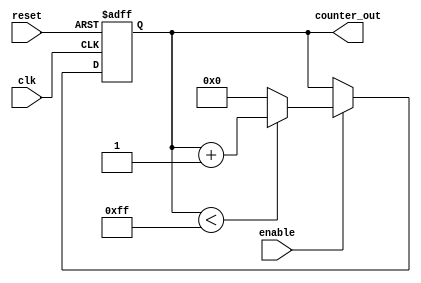
module up_counter #(
    parameter WIDTH = 8,          // Width of the counter (number of bits)
    parameter INITIAL_VALUE = 0,  // Initial value of the counter
    parameter MAX_VALUE = 255      // Maximum value of the counter
)(
    input wire clk,               // Clock input
    input wire reset,             // Asynchronous reset input
    input wire enable,            // Enable input
    output reg [WIDTH-1:0] counter_out // Current count output
);

    // Always block for synchronous logic
    always @(posedge clk or posedge reset) begin
        if (reset) begin
            // Reset the counter to the initial value
            counter_out <= INITIAL_VALUE;
        end else if (enable) begin
            // Increment the counter if enable is high
            if (counter_out < MAX_VALUE) begin
                counter_out <= counter_out + 1;
            end else begin
                // Wrap around to the initial value if maximum is reached
                counter_out <= INITIAL_VALUE;
            end
        end
    end

endmodule